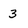
Character: 3